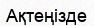
Ақтеңізде